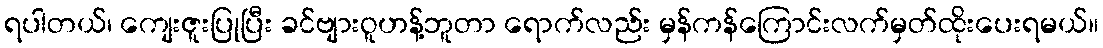
ရပါတယ်၊ ကျေးဇူးပြုပြီး ခင်ဗျားဝူဟန့်ဘူတာ ရောက်လည်း မှန်ကန်ကြောင်းလက်မှတ်ထိုးပေးရမယ်။